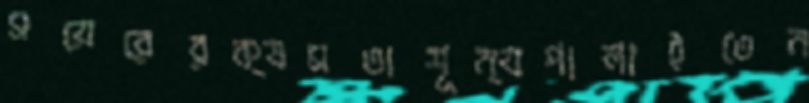
সয়েরেরক্ষমতাশূন্যপালাইতেন